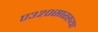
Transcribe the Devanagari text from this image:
ए३२०सारख्या